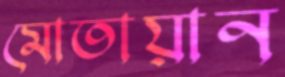
মোতায়ান